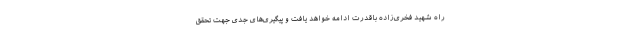
راه شهید فخری‌زاده باقدرت ادامه خواهد یافت و پیگیری‌های جدی جهت تحقق